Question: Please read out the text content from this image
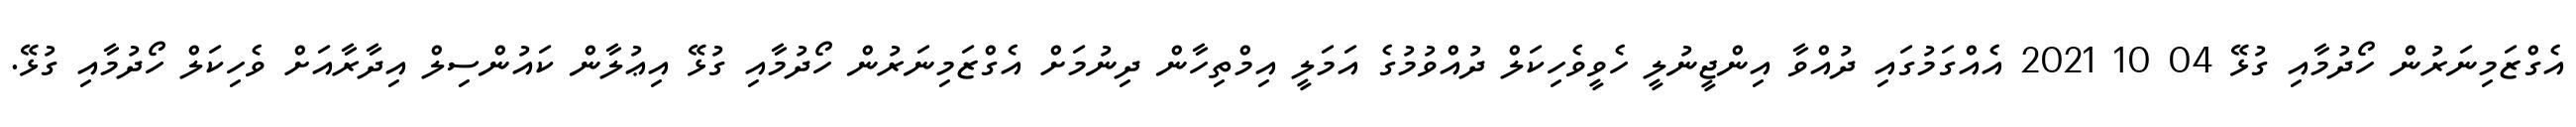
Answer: އެގްޒަމިނަރުން ހޯދުމާއި ގުޅޭ 04 10 2021 އެއްގަމުގައި ދުއްވާ އިންޖީނުލީ ހެވީވެހިކަލް ދުއްވުމުގެ އަމަލީ އިމްތިހާން ދިނުމަށް އެގްޒަމިނަރުން ހޯދުމާއި ގުޅޭ އިޢުލާން ކައުންސިލް އިދާރާއަށް ވެހިކަލް ހޯދުމާއި ގުޅޭ.